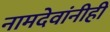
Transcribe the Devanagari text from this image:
नामदेवांनीही